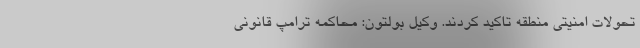
تحولات امنیتی منطقه تاکید کردند. وکیل بولتون: محاکمه ترامپ قانونی